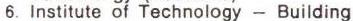
6. Institute of Technology - Building